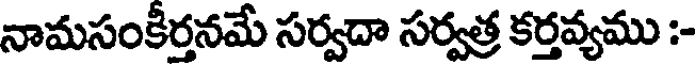
నామసంకీర్తనమే సర్వదా సర్వత్ర కర్తవ్యము :-